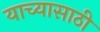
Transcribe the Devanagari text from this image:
याच्यासाठी